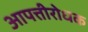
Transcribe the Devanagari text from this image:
आपत्तीरोधक